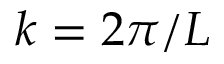
k = 2 \pi / L